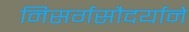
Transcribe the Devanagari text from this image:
निसर्गसौदर्याने